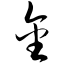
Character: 金